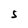
Character: S